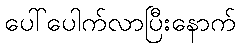
ပေါ်ပေါက်လာပြီးနောက်